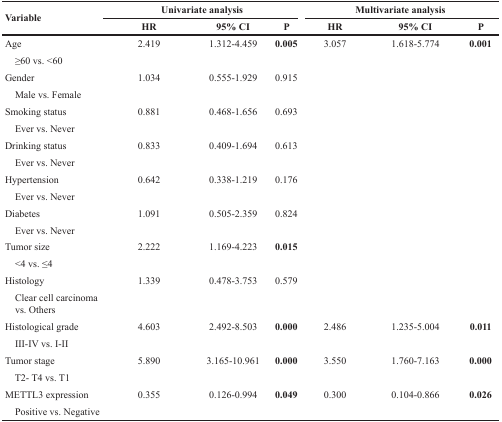
| <ROWSPAN=2> Variable | <COLSPAN=3> Univariate analysis | <COLSPAN=3> Multivariate analysis |
 | HR | 95% CI | P | HR | 95% CI | P |
 | --- | --- | --- | --- | --- | --- | --- |
 | Age | 2.419 | 1.312-4.459 | 0.005 | 3.057 | 1.618-5.774 | 0.001 |
 | ≥60 vs. <60 |  |  |  |  |  |  |
 | Gender | 1.034 | 0.555-1.929 | 0.915 |  |  |  |
 | Male vs. Female |  |  |  |  |  |  |
 | Smoking status | 0.881 | 0.468-1.656 | 0.693 |  |  |  |
 | Ever vs. Never |  |  |  |  |  |  |
 | Drinking status | 0.833 | 0.409-1.694 | 0.613 |  |  |  |
 | Ever vs. Never |  |  |  |  |  |  |
 | Hypertension | 0.642 | 0.338-1.219 | 0.176 |  |  |  |
 | Ever vs. Never |  |  |  |  |  |  |
 | Diabetes | 1.091 | 0.505-2.359 | 0.824 |  |  |  |
 | Ever vs. Never |  |  |  |  |  |  |
 | Tumor size | 2.222 | 1.169-4.223 | 0.015 |  |  |  |
 | <4 vs. ≤4 |  |  |  |  |  |  |
 | Histology | 1.339 | 0.478-3.753 | 0.579 |  |  |  |
 | Clear cell carcinoma vs. Others |  |  |  |  |  |  |
 | Histological grade | 4.603 | 2.492-8.503 | 0.000 | 2.486 | 1.235-5.004 | 0.011 |
 | III-IV vs. I-II |  |  |  |  |  |  |
 | Tumor stage | 5.890 | 3.165-10.961 | 0.000 | 3.550 | 1.760-7.163 | 0.000 |
 | T2- T4 vs. T1 |  |  |  |  |  |  |
 | METTL3 expression | 0.355 | 0.126-0.994 | 0.049 | 0.300 | 0.104-0.866 | 0.026 |
 | Positive vs. Negative |  |  |  |  |  |  |